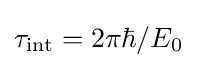
\tau _{\text{int}}=2\pi \hbar /E_{0}